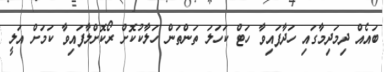
ބައެއް ދިމަދިމާގައި ހަދާފައިވާ ހަޓް ކަހަލަ ތަންތަން ހަލާކުކޮށް ރޯކޮށްލާފައިވާ ކަމަށް އަލީ